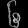
Digit: ၆